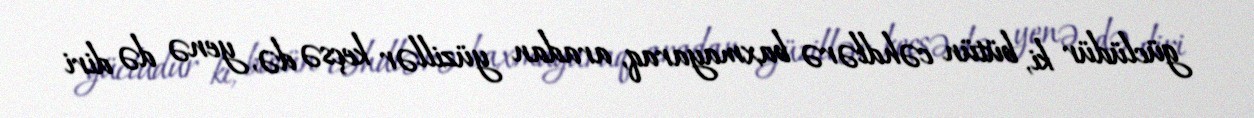
güclüdür ki, bütün cəhdlərə baxmayaraq, aradan yüzillər keçsə də, yenə də diri